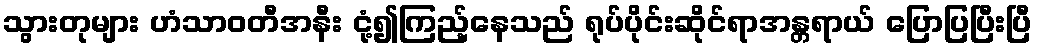
သွားတုများ ဟံသာဝတီအနီး ငုံ့၍ကြည့်နေသည် ရုပ်ပိုင်းဆိုင်ရာအန္တရာယ် ပြောပြပြီးပြီ